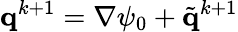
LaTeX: \mathbf{q}^{k+1}=\nabla\psi_{0}+\tilde{\mathbf{q}}^{k+1}